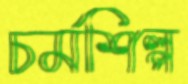
চর্মশিল্প